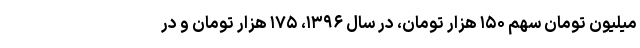
میلیون تومان سهم ۱۵۰ هزار تومان، در سال ۱۳۹۶، ۱۷۵ هزار تومان و در